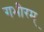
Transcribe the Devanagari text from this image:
गभीरम्